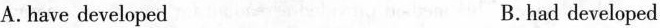
A.have developed B.had developed